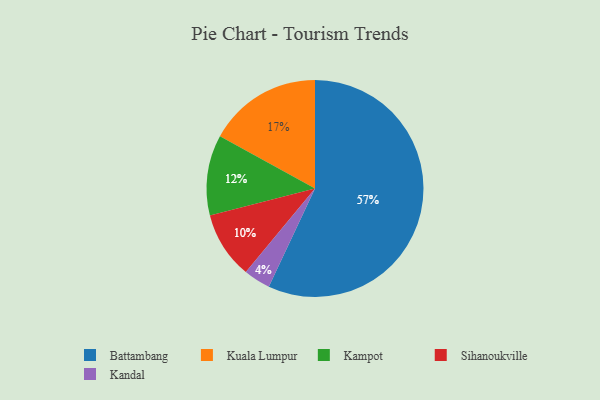
{"axis": {"x": "Category", "y": "Percentage"}, "legend": ["Battambang", "Kampot", "Kandal", "Kuala Lumpur", "Sihanoukville"], "data": [{"x": "Kandal", "y": 4, "type": "Kandal"}, {"x": "Sihanoukville", "y": 10, "type": "Sihanoukville"}, {"x": "Kampot", "y": 12, "type": "Kampot"}, {"x": "Battambang", "y": 57, "type": "Battambang"}, {"x": "Kuala Lumpur", "y": 17, "type": "Kuala Lumpur"}]}